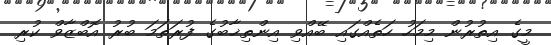
މީގެ އިތުރުން މިމަހު ހަތެއްގައި ބޭއްވި އިންތިޚާބުގެ ފުރަތަމަ ބުރު އޮބްޒާވް ކުރި